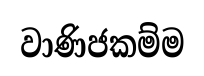
වාණිජකම්ම